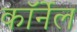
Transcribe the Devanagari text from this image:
काॅर्नेल